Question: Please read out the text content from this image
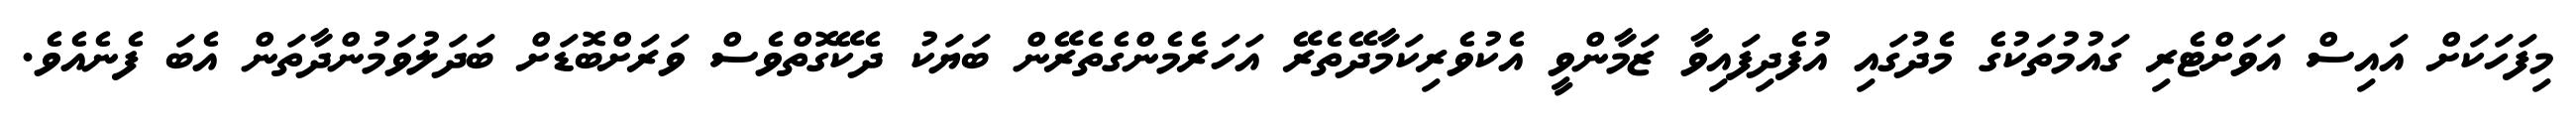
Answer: މިފަހަކަށް އައިސް އަވަށްޓެރި ގައުމުތަކުގެ މެދުގައި އުފެދިފައިވާ ޒަމާންވީ އެކުވެރިކަމާދޭތެރޭ އަހަރެމެންގެތެރޭން ބަޔަކު ދެކޭގޮތްވެސް ވަރަށްބޮޑަށް ބަދަލުވަމުންދާތަން އެބަ ފެނެއެވެ.